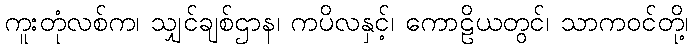
ကူးတုံလစ်က၊ သျှင်ချစ်ဌာန၊ ကပိလနှင့်၊ ကောဠိယတွင်၊ သာကဝင်တို့၊